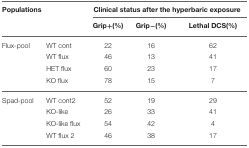
<table><thead><tr><td colspan="2"><b>Populations</b></td><td colspan="3"><b>Clinical status after the hyperbaric exposure</b></td></tr><tr><td colspan="2"></td><td><b>Grip+(%)</b></td><td><b>Grip−(%)</b></td><td><b>Lethal DCS(%)</b></td></tr></thead><tbody><tr><td>Flux-pool</td><td>WT cont</td><td>22</td><td>16</td><td>62</td></tr><tr><td></td><td>WT flux</td><td>46</td><td>13</td><td>41</td></tr><tr><td></td><td>HET flux</td><td>60</td><td>23</td><td>17</td></tr><tr><td></td><td>KO flux</td><td>78</td><td>15</td><td>7</td></tr><tr><td>Spad-pool</td><td>WT cont2</td><td>52</td><td>19</td><td>29</td></tr><tr><td></td><td>KO-like</td><td>26</td><td>33</td><td>41</td></tr><tr><td></td><td>KO-like flux</td><td>54</td><td>42</td><td>4</td></tr><tr><td></td><td>WT flux 2</td><td>46</td><td>38</td><td>17</td></tr></tbody></table>